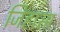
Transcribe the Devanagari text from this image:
जिहासा